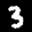
Label: 3